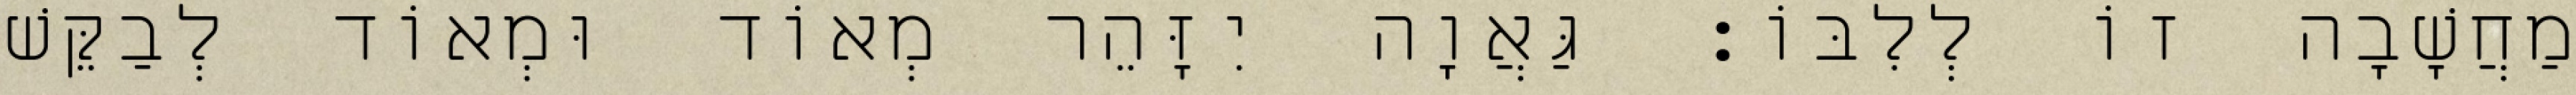
מַחֲשָׁבָה זוֹ לְלִבּוֹ: גַּאֲוָה יִזָּהֵר מְאוֹד וּמְאוֹד לְבַקֵּשׁ